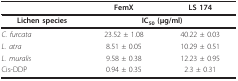
|  | FemX | LS 174 |
 | --- | --- | --- |
 | Lichen species | <COLSPAN=2> IC50 (μg/ml) |
 | C. furcata | 23.52 ± 1.08 | 40.22 ± 0.03 |
 | L. atra | 8.51 ± 0.05 | 10.29 ± 0.51 |
 | L. muralis | 9.58 ± 0.38 | 12.23 ± 0.95 |
 | Cis-DDP | 0.94 ± 0.35 | 2.3 ± 0.31 |